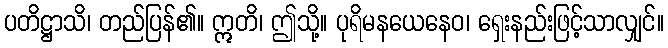
ပတိဋ္ဌာသိ၊ တည်ပြန်၏။ ဣတိ၊ ဤသို့။ ပုရိမနယေနေဝ၊ ရှေးနည်းဖြင့်သာလျှင်။